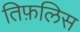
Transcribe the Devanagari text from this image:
तिफ़लिस